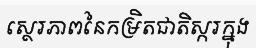
ស្ថេរភាពនៃកម្រិតជាតិស្ករក្នុង